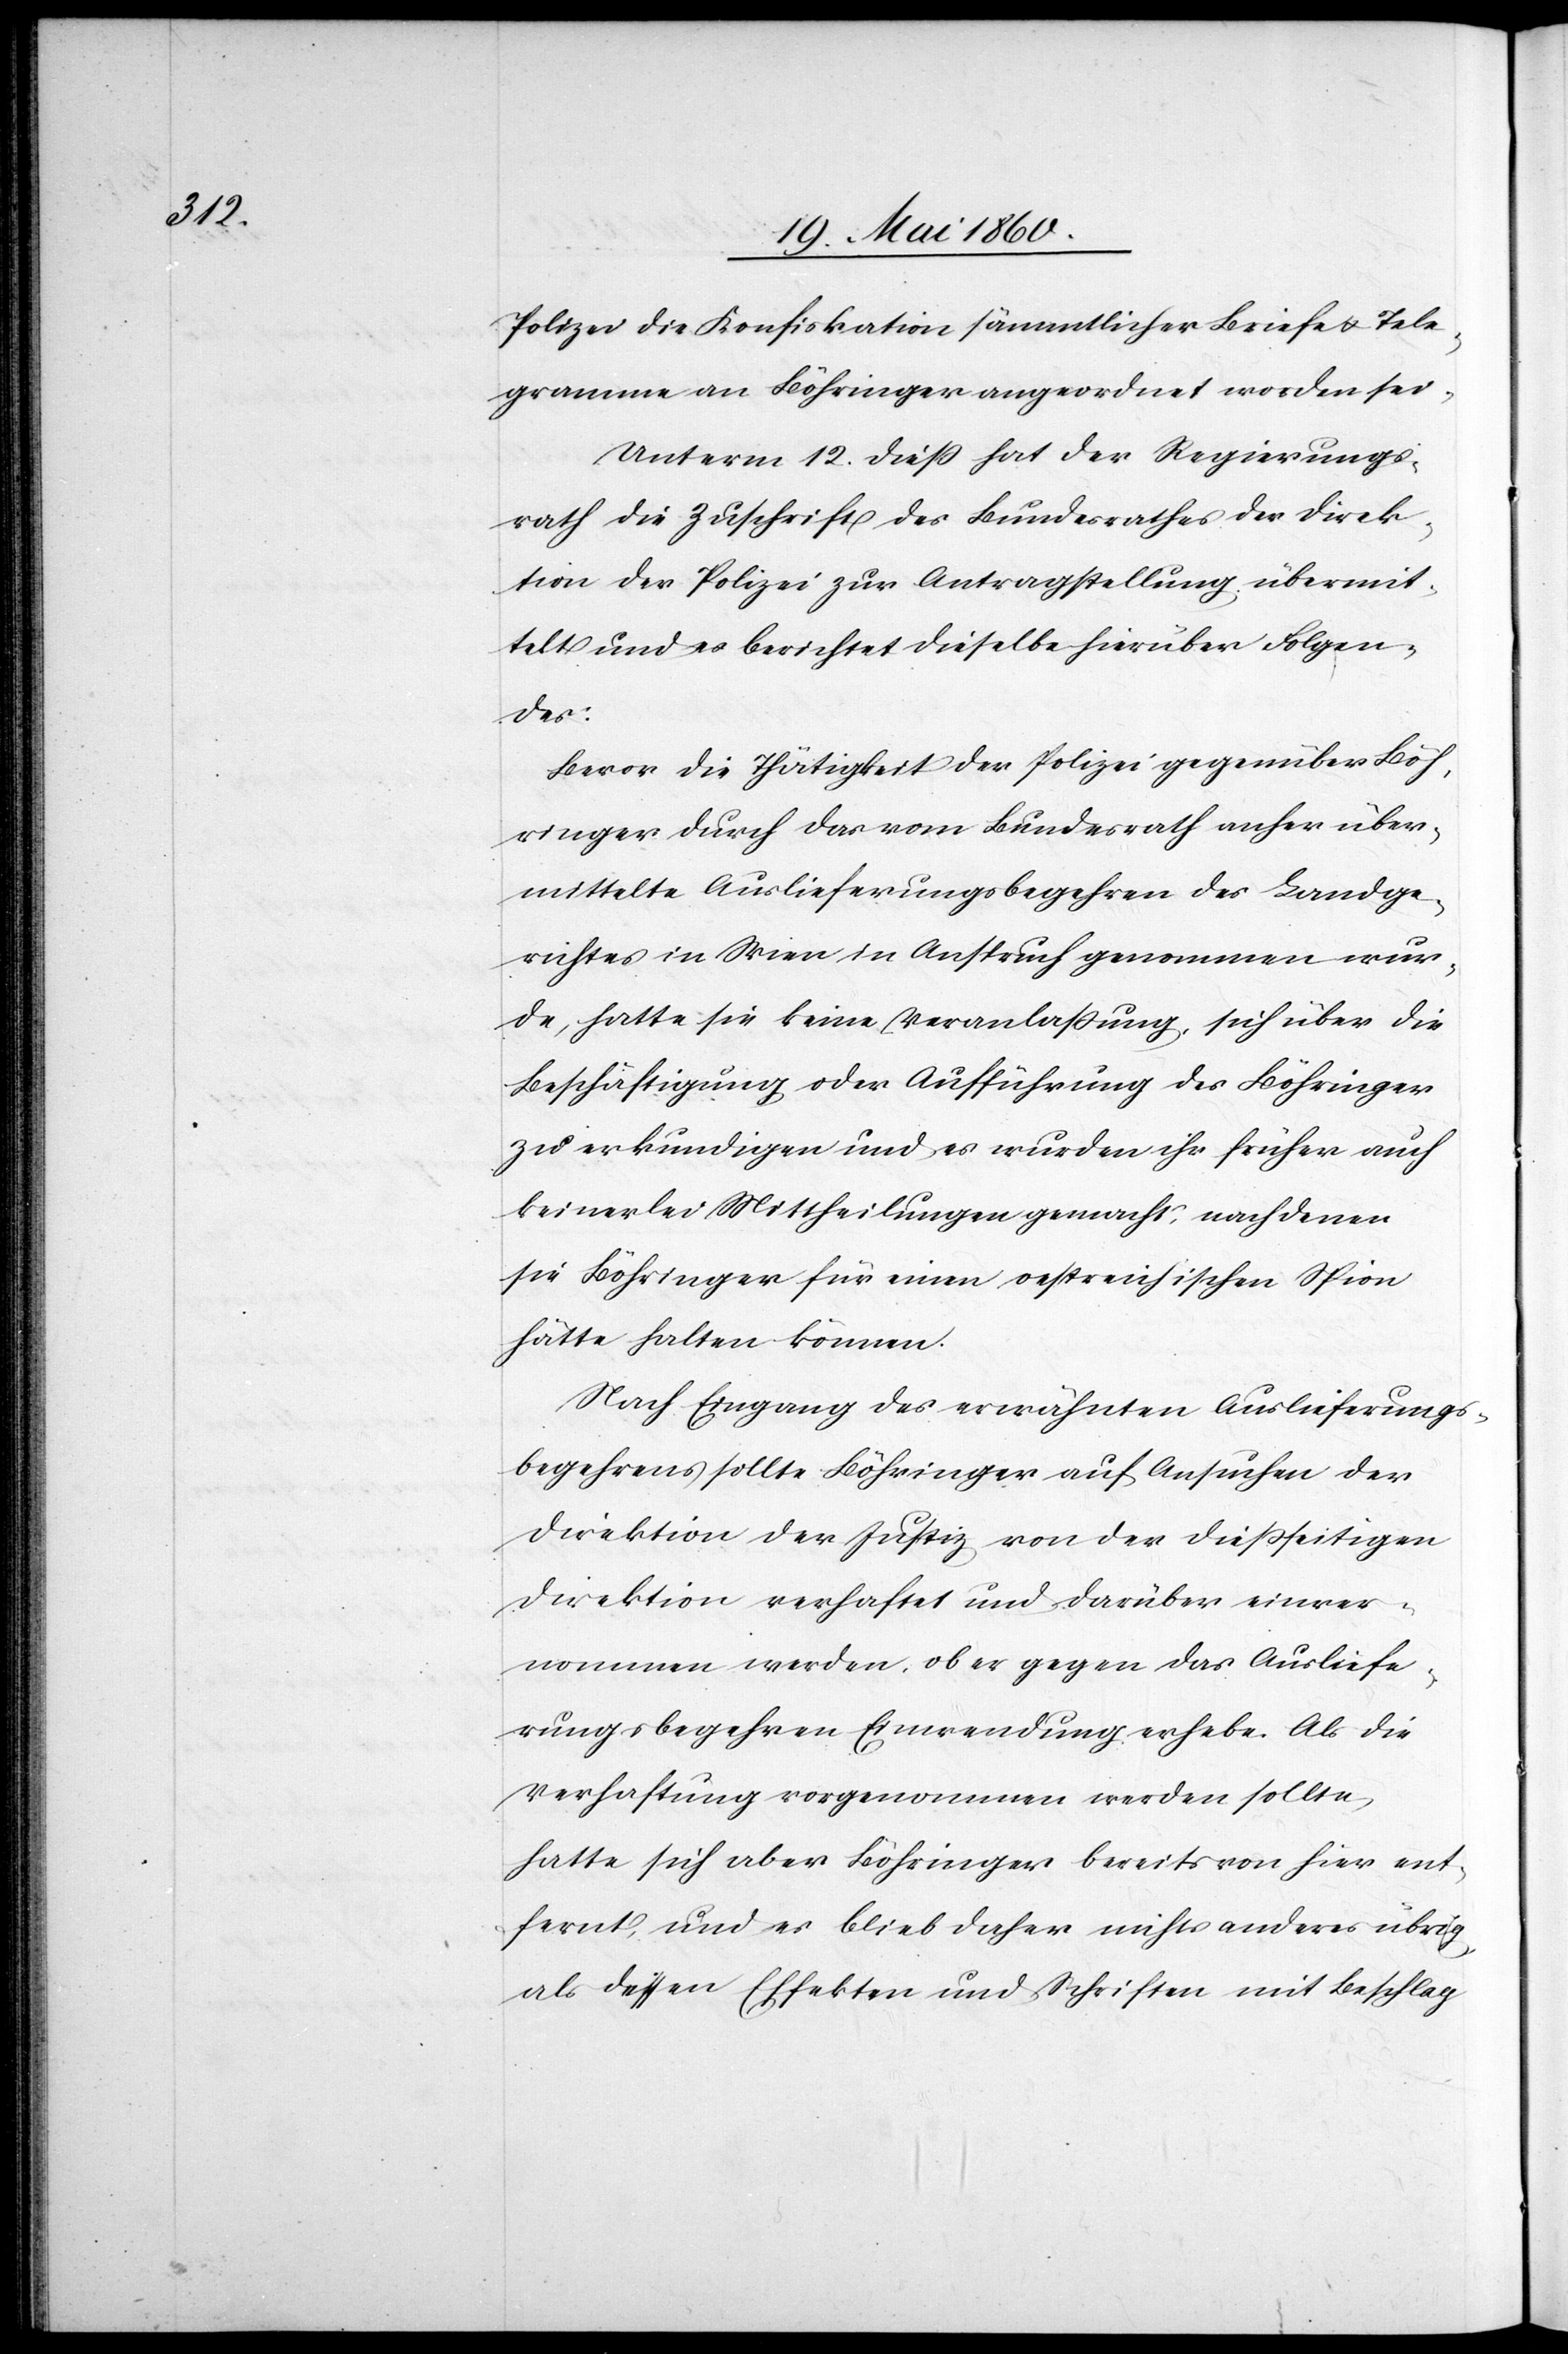
Polizei die Konfiskation sämmtlicher Briefe u. Tele¬
gramme an Böhringer angeordnet worden sei.
Unterm 12. diess hat der Regierungs¬
rath die Zuschrift des Bundesrathes der Direk¬
tion der Polizei zur Antragstellung übermit¬
telt und es berichtet dieselbe hierüber Folgen¬
des:
Bevor die Thätigkeit der Polizei gegenüber Böh¬
ringer durch das vom Bundesrath anher über¬
mittelte Auslieferungsbegehren des Landge¬
richtes in Wien in Anspruch genommen wur¬
de, hatte sie keine Veranlassung, sich über die
Beschäftigung oder Aufführung des Böhringer
zu erkundigen und es wurden ihr früher auch
keinerlei Mittheilungen gemacht, nach denen
sie Böhringer für einen oestreichischen Spion
hätte halten können.
Nach Eingang des erwähnten Auslieferungs¬
begehrens sollte Böhringer auf Ansuchen der
Direktion der Justiz von der diesseitigen
Direktion verhaftet und darüber einver¬
nommen werden, ob er gegen das Ausliefe¬
rungsbegehren Einwendung erhebe. Als die
Verhaftung vorgenommen werden sollte,
hatte sich aber Böhringer bereits von hier ent¬
fernt, und es blieb daher nichts anderes übrig,
als dessen Effekten und Schriften mit Beschlag